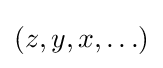
(z,y,x,\ldots )